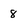
Character: 8